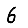
Digit: 6